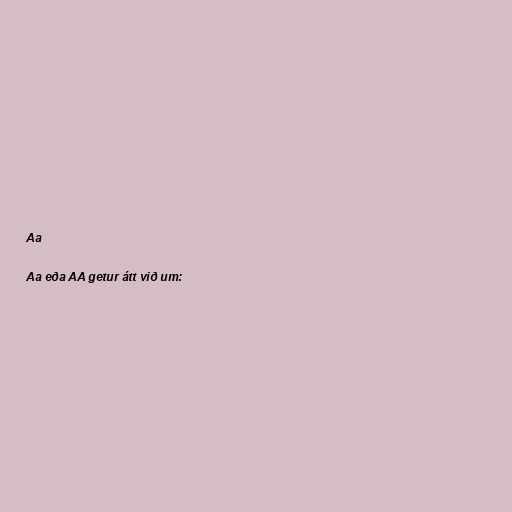
Aa

Aa eða AA getur átt við um: